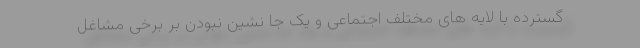
گسترده با لایه های مختلف اجتماعی و یک جا نشین نبودن بر برخی مشاغل